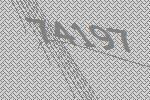
74197